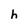
Character: h